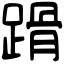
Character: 𨃴